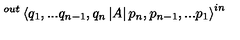
^ { o u t } \left\langle q _ { 1 } , . . . q _ { n - 1 } , q _ { n } \left| A \right| p _ { n } , p _ { n - 1 } , . . . p _ { 1 } \right\rangle ^ { i n }